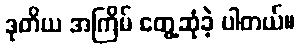
ဒုတိယ အကြိမ် တွေ့ဆုံခဲ့ ပါတယ်။